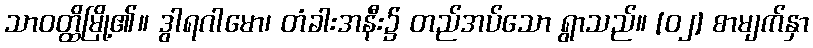
သာဝတ္ထိမြို့၏။ ဒွါရဂါမော၊ တံခါးအနီး၌ တည်အပ်သော ရွာသည်။ [၀၂] စာမျက်နှာ